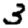
Digit: 3